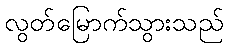
လွတ်မြောက်သွားသည်